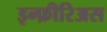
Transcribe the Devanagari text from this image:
इन्फ़ीरिअस